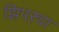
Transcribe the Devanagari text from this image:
झिपऱ्या